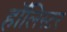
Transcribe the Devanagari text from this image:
हॉलिस्टर